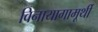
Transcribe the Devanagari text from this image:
विनायागामूर्थी